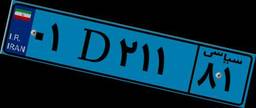
۰۱D۲۱۱۸۱